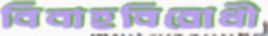
বিবাহবিরোধী